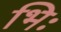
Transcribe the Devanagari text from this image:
भिः